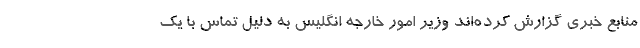
منابع خبری گزارش کرده‌اند وزیر امور خارجه انگلیس به دلیل تماس با یک